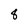
Character: 8